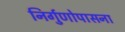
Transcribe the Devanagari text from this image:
निर्गुणोपासना